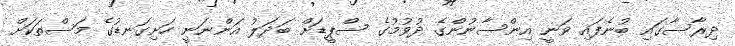
ދިރާސާގައި ބުނެފައި ވަނީ އިންސާނުންގެ ދުވުމުގެ ސްޕީޑަށް ބަދަލު އަންނަނީ ހަށިގަނޑުގެ މަސްތަކަށް